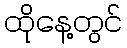
ထိုနေ့တွင်